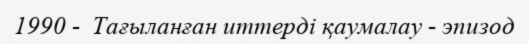
1990 -  Тағыланған иттерді қаумалау - эпизод